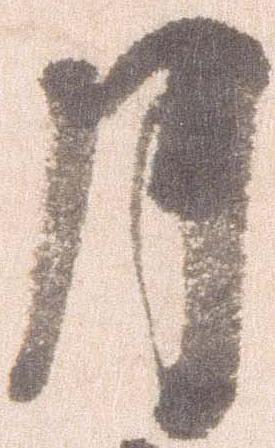
月